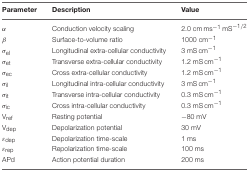
<table><thead><tr><td><b>Parameter</b></td><td><b>Description</b></td><td><b>Value</b></td></tr></thead><tbody><tr><td>α</td><td>Conduction velocity scaling</td><td>2.0 cm ms<sup>−1</sup> mS<sup>−1/2</sup></td></tr><tr><td>β</td><td>Surface-to-volume ratio</td><td>1000 cm<sup>−1</sup></td></tr><tr><td>σ<sub>el</sub></td><td>Longitudinal extra-cellular conductivity</td><td>3 mS cm<sup>−1</sup></td></tr><tr><td>σ<sub>et</sub></td><td>Transverse extra-cellular conductivity</td><td>1.2 mS cm<sup>−1</sup></td></tr><tr><td>σ<sub>ec</sub></td><td>Cross extra-cellular conductivity</td><td>1.2 mS cm<sup>−1</sup></td></tr><tr><td>σ<sub>il</sub></td><td>Longitudinal intra-cellular conductivity</td><td>3 mS cm<sup>−1</sup></td></tr><tr><td>σ<sub>it</sub></td><td>Transverse intra-cellular conductivity</td><td>0.3 mS cm<sup>−1</sup></td></tr><tr><td>σ<sub>ic</sub></td><td>Cross intra-cellular conductivity</td><td>0.3 mS cm<sup>−1</sup></td></tr><tr><td>V<sub>ref</sub></td><td>Resting potential</td><td>−80 mV</td></tr><tr><td>V<sub>dep</sub></td><td>Depolarization potential</td><td>30 mV</td></tr><tr><td>ε<sub>dep</sub></td><td>Depolarization time-scale</td><td>1 ms</td></tr><tr><td>ε<sub>rep</sub></td><td>Repolarization time-scale</td><td>100 ms</td></tr><tr><td>APd</td><td>Action potential duration</td><td>200 ms</td></tr></tbody></table>